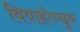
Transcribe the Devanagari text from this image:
विवाहोच्छुक